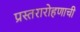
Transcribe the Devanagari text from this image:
प्रस्तरारोहणाची